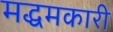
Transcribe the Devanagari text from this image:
मद्धमकारी